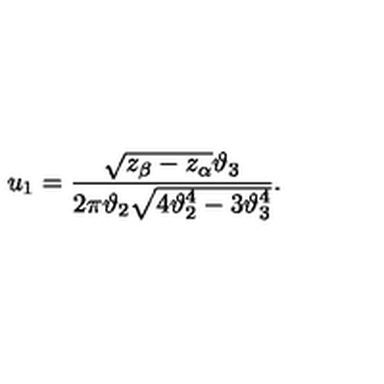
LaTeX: u _ { 1 } = { \frac { \sqrt { z _ { \beta } - z _ { \alpha } } \vartheta _ { 3 } } { 2 \pi \vartheta _ { 2 } \sqrt { 4 \vartheta _ { 2 } ^ { 4 } - 3 \vartheta _ { 3 } ^ { 4 } } } } .